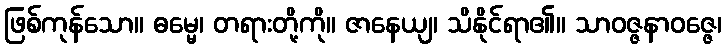
ဖြစ်ကုန်သော။ ဓမ္မေ၊ တရားတို့ကို။ ဇာနေယျ၊ သိနိုင်ရာ၏။ သာဝဇ္ဇနာဝဇ္ဇေ၊